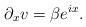
LaTeX: \begin{align*} \partial_x v = \beta e^{ix} . \end{align*}